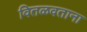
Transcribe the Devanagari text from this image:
वितळवताना